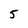
Character: 5